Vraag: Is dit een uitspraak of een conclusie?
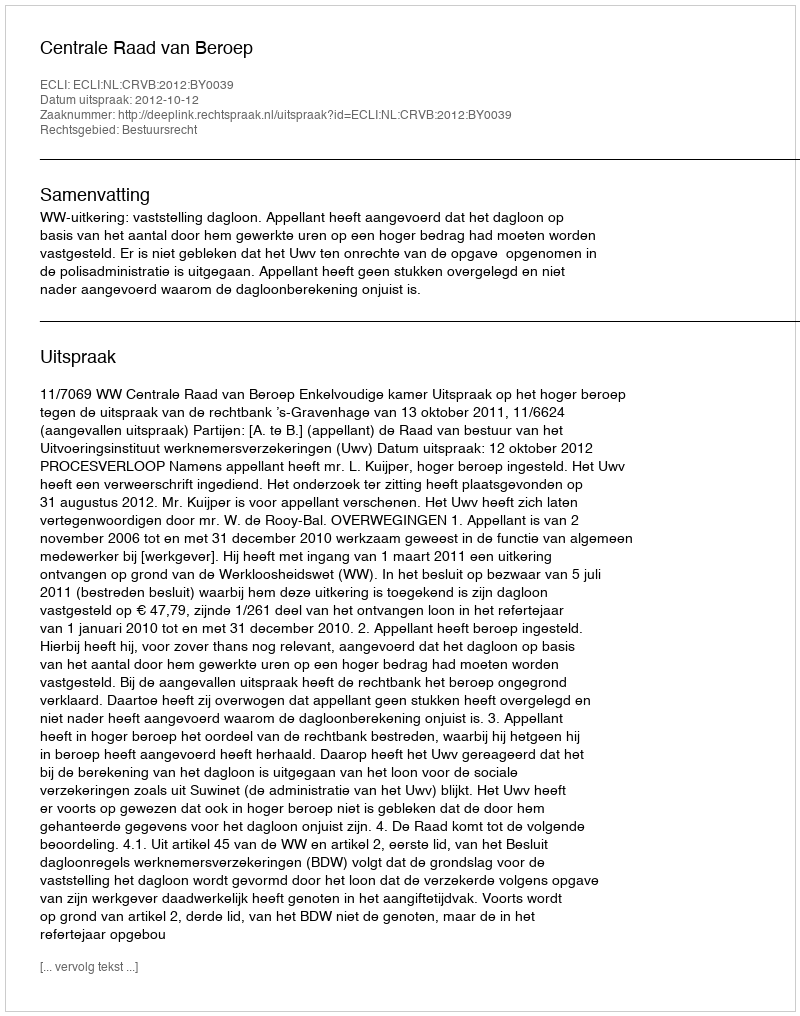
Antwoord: Uitspraak